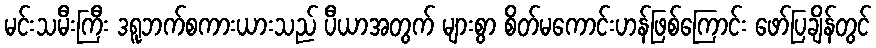
မင်းသမီးကြီး ဒရူဘက်စကားယားသည် ပီယာအတွက် များစွာ စိတ်မကောင်းဟန်ဖြစ်ကြောင်း ဖော်ပြချိန်တွင်